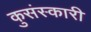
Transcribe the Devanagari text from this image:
कुसंस्कारी